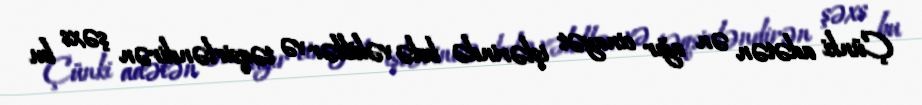
Çünki adətən ən ağır cinayət işlərində belə vəkillər və təqsirləndirən şəxs bu